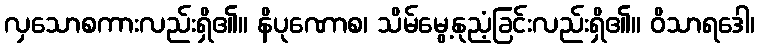
လှသောစကားလည်းရှိ၏။ နိပုဏောစ၊ သိမ်မွေ့နုညံ့ခြင်းလည်းရှိ၏။ ဝိသာရဒေါ၊